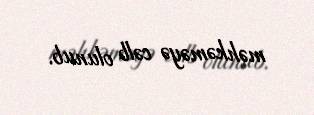
məhkəməyə cəlb olunub.